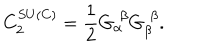
LaTeX: C _ { 2 } ^ { S U \left( C \right) } = \frac { 1 } { 2 } G _ { \alpha } ^ { \, \, \beta } G _ { \beta } ^ { \, \, \beta } .